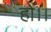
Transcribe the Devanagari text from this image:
हों।।